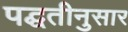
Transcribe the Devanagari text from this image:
पद्घतीनुसार